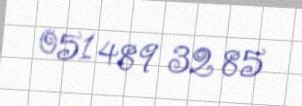
051 489 32 85